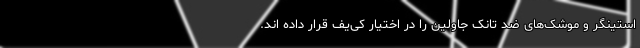
استینگر و موشک‌های ضد تانک جاولین را در اختیار کی‌یف قرار داده اند.